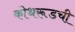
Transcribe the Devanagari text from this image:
कोथरूडची